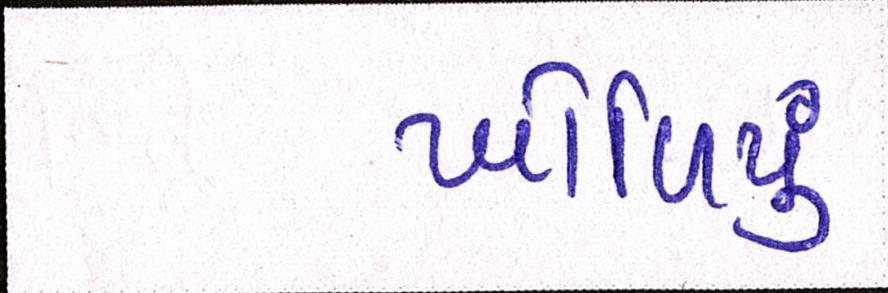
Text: ખોળિયું